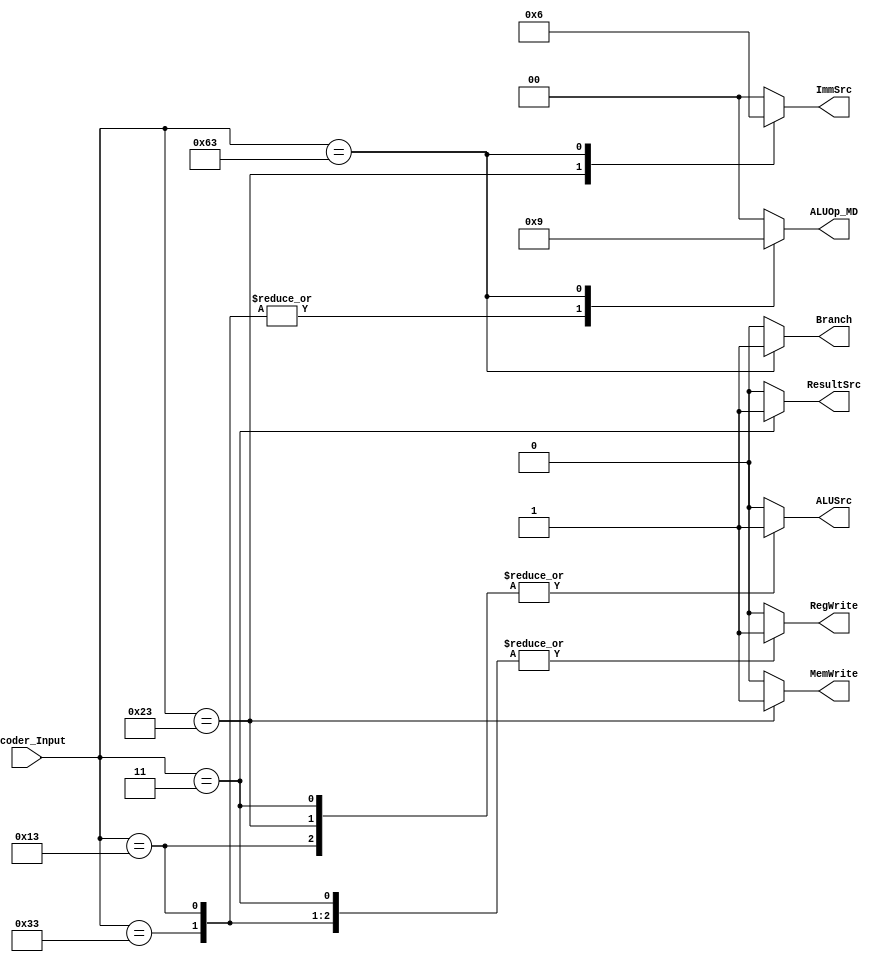
module MainDecoder  (
    input  wire   [6:0]  Decoder_Input,
    output reg    [1:0]  ImmSrc,
    output reg           MemWrite,
    output reg           Branch,
    output reg           ALUSrc,
    output reg           ResultSrc,
    output reg           RegWrite,
    output reg   [1:0]   ALUOp_MD
);


always @(*) begin
    case(Decoder_Input)

        //load word
        7'b000_0011 : begin
           RegWrite  = 1'b1;
           ImmSrc    = 2'b00;
           ALUSrc    = 1'b1;
           MemWrite  = 1'b0;
           ResultSrc = 1'b1;
           Branch    = 1'b0;
           ALUOp_MD  = 2'b00;
           
        end

        //store word
        7'b010_0011 : begin
           RegWrite  = 1'b0;
           ImmSrc    = 2'b01;
           ALUSrc    = 1'b1;
           MemWrite  = 1'b1;
           ResultSrc = 1'b0;
           Branch    = 1'b0;
           ALUOp_MD  = 2'b00;
        end

        //R Type
        7'b011_0011 : begin
           RegWrite  = 1'b1;
           ImmSrc    = 2'b00;
           ALUSrc    = 1'b0;
           MemWrite  = 1'b0;
           ResultSrc = 1'b0;
           Branch    = 1'b0;
           ALUOp_MD  = 2'b10;
        end

        //I Type
        7'b001_0011 : begin
           RegWrite  = 1'b1;
           ImmSrc    = 2'b00;
           ALUSrc    = 1'b1;
           MemWrite  = 1'b0;
           ResultSrc = 1'b0;
           Branch    = 1'b0;
           ALUOp_MD  = 2'b10;
        end

        //Branch 
        7'b110_0011 : begin
           RegWrite  = 1'b0;
           ImmSrc    = 2'b10;
           ALUSrc    = 1'b0;
           MemWrite  = 1'b0;
           ResultSrc = 1'b0;
           Branch    = 1'b1;
           ALUOp_MD  = 2'b01;
        end

        //Default
        default : begin
           RegWrite  = 1'b0;
           ImmSrc    = 2'b00;
           ALUSrc    = 1'b0;
           MemWrite  = 1'b0;
           ResultSrc = 1'b0;
           Branch    = 1'b0;
           ALUOp_MD  = 2'b00; 
        end
    endcase

end
    
endmodule